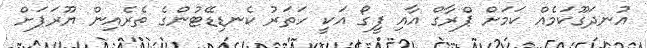
އުނދަގޫކަމެއް ކަމަށް ޕްރާގް އާއި ފީގޯ އަކީ ހަތަރު ކެނޑިޑޭޓުންގެ ތެރެއިން ޔޫރަޕަށް